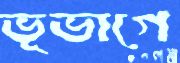
ভূভাগে